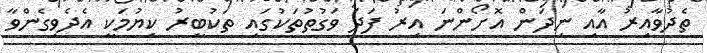
ތެދުވާއިރު އާއި ނިދަން އޮށޯންނަ އިރު ފަދަ ވަގުތުތަކުގައި ތަކުބީރު ކިޔުމަކީ އެދެވިގެންވާ